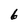
Character: 6